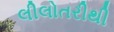
લીલોતરીથી